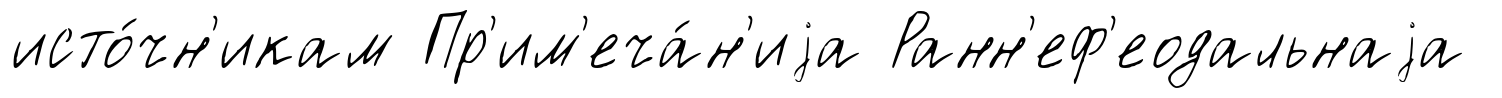
исто́чн'икам Пр'им'еча́н'иjа Ранн'еф'еодальнаjа